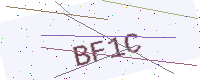
Text: BF1C